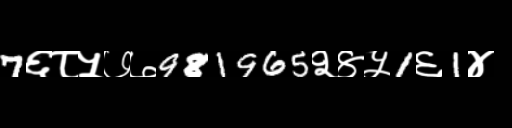
Text: 7६८५७७981965२४५1६1४